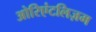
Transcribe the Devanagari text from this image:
ओरिएंटलिज़म